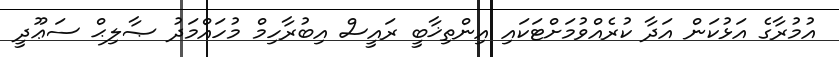
އުމުރާގެ އަޅުކަން އަދާ ކުރެއްވުމަށްޓަަކައި އިންތިޚާބީ ރައީސް އިބުރާހިމް މުހައްމަދު ޞާލިޙް ސަޢޫދީ